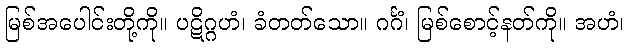
မြစ်အပေါင်းတို့ကို။ ပဋိဂ္ဂဟံ၊ ခံတတ်သော။ ဂင်္ဂံ၊ မြစ်စောင့်နတ်ကို။ အဟံ၊